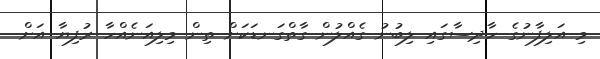
މި އަލިފާނުގެ ހާދިސާގައި ލިބުނު ގެއްލުން ގާތްގަނޑަކަށް ތިން މިލިއަނެއްހާ ރުފިޔާ އަށް